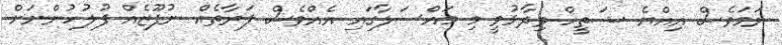
ނަމަވެސް އިއްޔެ ޝަތީހް ވިދާޅުވީ މި މައްސަލާގައި އެއްވެސް ފަރާތެއް ނުފޫޒެއް ފުލުހުންނަށް